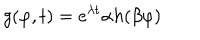
g ( \varphi , t ) = e ^ { \lambda t } \alpha h ( \beta \varphi )